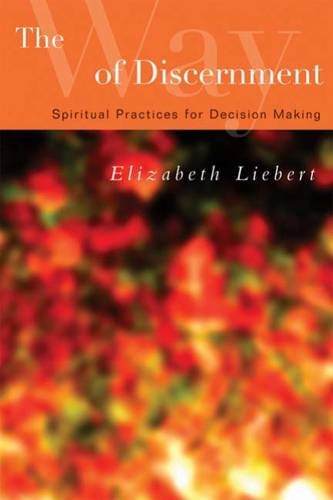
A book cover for The Way of Discernment: Spiritual Practices for Decision Making; Elizabeth Liebert; Christian Books & Bibles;